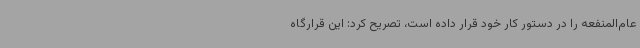
عام‌المنفعه را در دستور کار خود قرار داده است، تصریح کرد: این قرارگاه